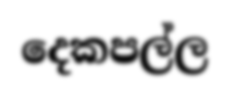
දෙකපල්ල